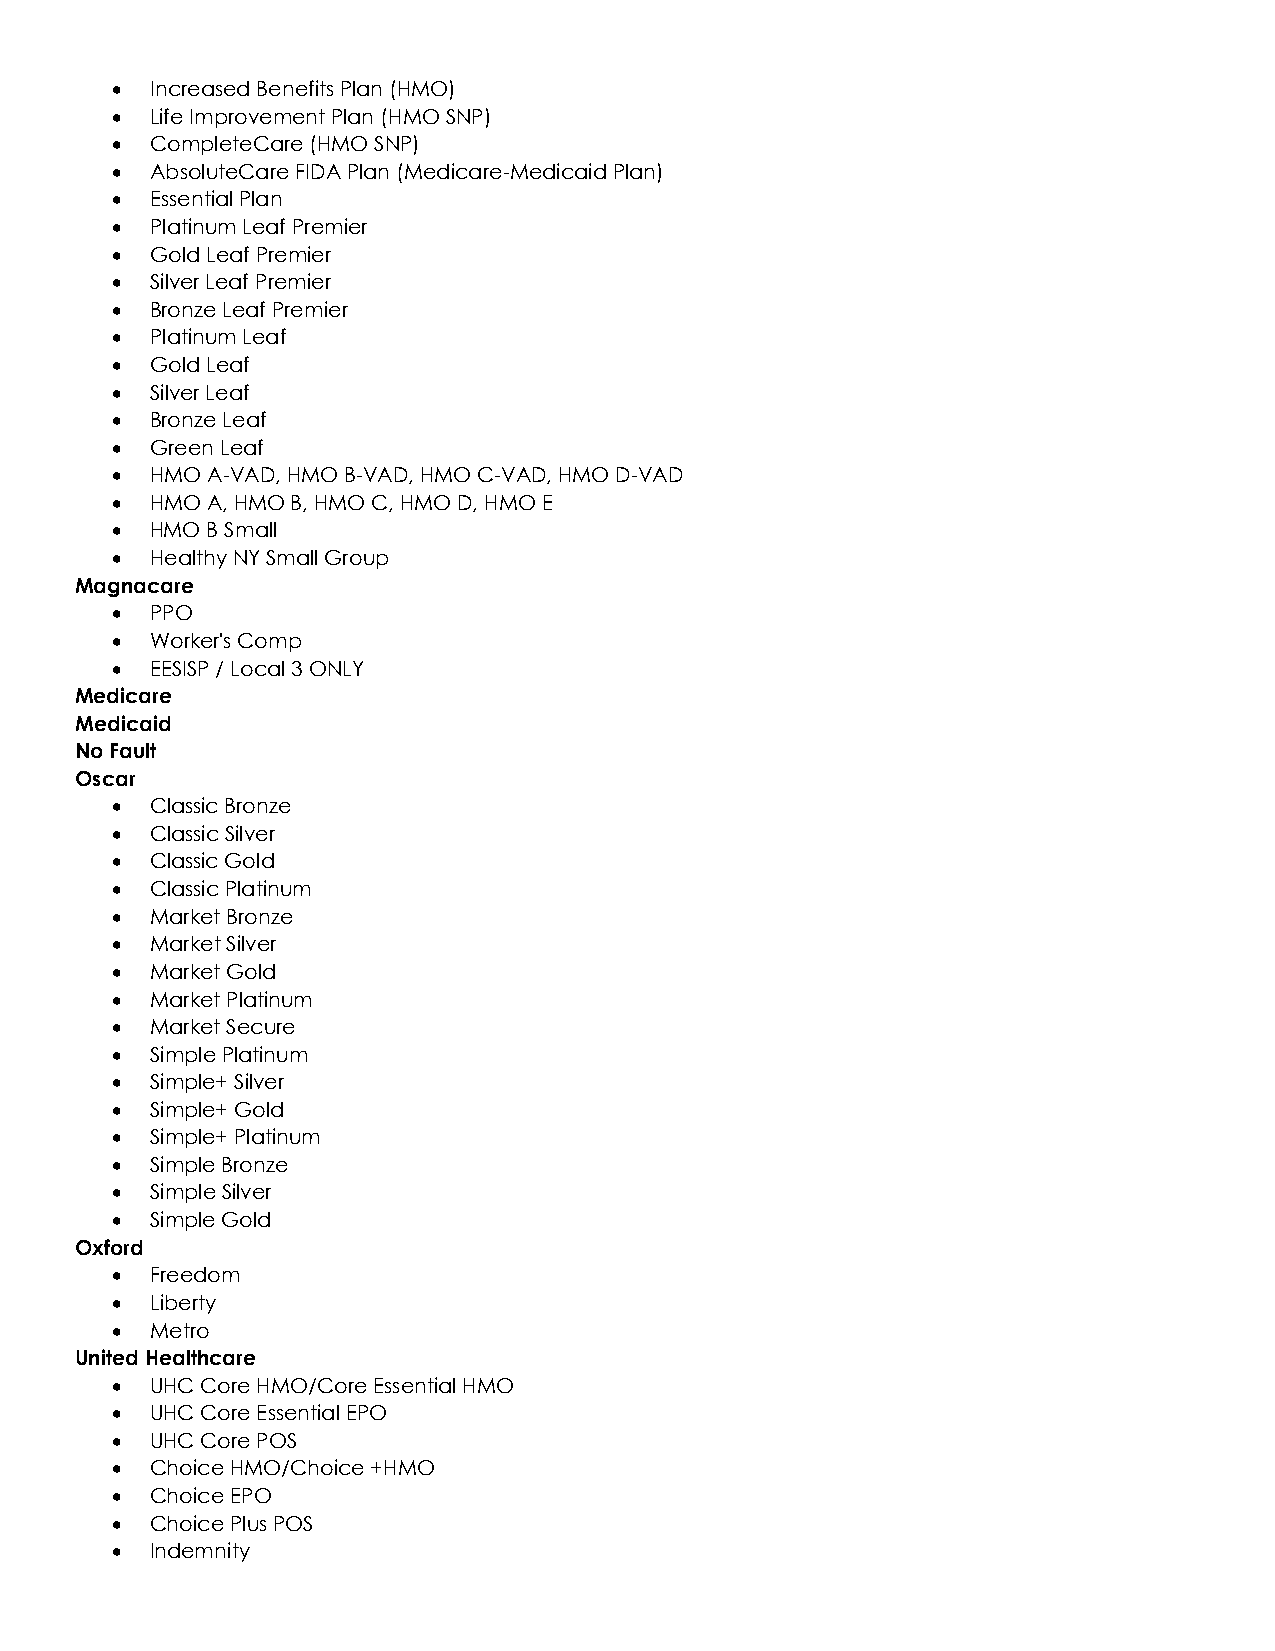
•  Increased Benefits Plan (HMO)
 •  Life Improvement Plan (HMO SNP)
 •  CompleteCare (HMO SNP)
 •  AbsoluteCare FIDA Plan (Medicare-Medicaid Plan)
 •  Essential Plan
 •  Platinum Leaf Premier
 •  Gold Leaf Premier
 •  Silver Leaf Premier
 •  Bronze Leaf Premier
 •  Platinum Leaf
 •  Gold Leaf
 •  Silver Leaf
 •  Bronze Leaf
 •  Green Leaf
 •  HMO A-VAD, HMO B-VAD, HMO C-VAD, HMO D-VAD
 •  HMO A, HMO B, HMO C, HMO D, HMO E
 •  HMO B Small
 •  Healthy NY Small Group
 Magnacare
 •  PPO
 •  Worker's Comp
 •  EESISP / Local 3 ONLY
 Medicare
 Medicaid
 No Fault
 Oscar
 •  Classic Bronze
 •  Classic Silver
 •  Classic Gold
 •  Classic Platinum
 •  Market Bronze
 •  Market Silver
 •  Market Gold
 •  Market Platinum
 •  Market Secure
 •  Simple Platinum
 •  Simple+ Silver
 •  Simple+ Gold
 •  Simple+ Platinum
 •  Simple Bronze
 •  Simple Silver
 •  Simple Gold
 Oxford
 •  Freedom
 •  Liberty
 •  Metro
 United Healthcare
 •  UHC Core HMO/Core Essential HMO
 •  UHC Core Essential EPO
 •  UHC Core POS
 •  Choice HMO/Choice +HMO
 •  Choice EPO
 •  Choice Plus POS
 •  Indemnity